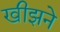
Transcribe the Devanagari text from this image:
खीझने